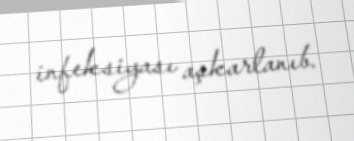
infeksiyası aşkarlanıb.